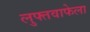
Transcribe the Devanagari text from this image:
लुफ्तवाफेला